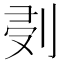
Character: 𠜘